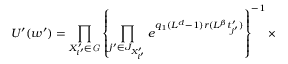
U ^ { \prime } ( w ^ { \prime } ) = \prod _ { X _ { i ^ { \prime } } ^ { \prime } \in { \it G } } \left\{ \prod _ { j ^ { \prime } \in J _ { X _ { i ^ { \prime } } ^ { \prime } } } e ^ { q _ { 1 } ( L ^ { d } - 1 ) r ( L ^ { \beta } t _ { j ^ { \prime } } ^ { \prime } ) } \right\} ^ { - 1 } \times